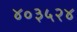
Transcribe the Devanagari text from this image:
४०३५२४